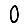
Digit: 0